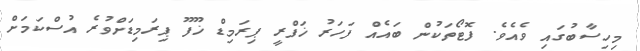
މިހިސާބުގައި ވެއެވެ. ފޮޓޯތަކުން ބައެއް ފަހަރު ޚަފްރީ ޕިރަމިޑް ޚޫފޫ ޕިރަމިޑަށްވުރެ އުސްކަމަށް